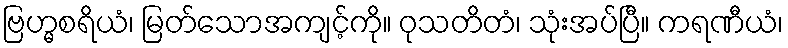
ဗြဟ္မစရိယံ၊ မြတ်သောအကျင့်ကို။ ဝုသတိတံ၊ သုံးအပ်ပြီ။ ကရဏီယံ၊